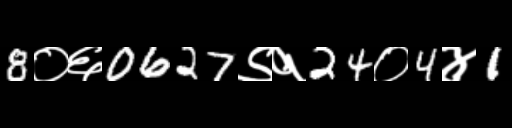
Text: 8०६0627९१24०4४1